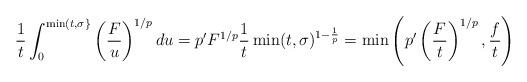
LaTeX: \begin{align*}\frac{1}{t}\int_{0}^{\min(t,\sigma\}}\left( \frac{F}{u}\right)^{1/p}du=p^{\prime}F^{1/p}\frac{1}{t}\min(t,\sigma)^{1-\frac{1}{p}}=\min\left( p^{\prime}\left( \frac{F}{t}\right) ^{1/p},\frac{f}{t}\right)\end{align*}